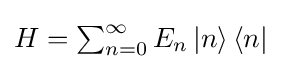
{\textstyle H=\sum _{n=0}^{\infty }E_{n}\left|n\right\rangle \left\langle n\right|}